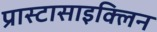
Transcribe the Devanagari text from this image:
प्रास्टासाइक्लिन